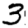
Digit: 3